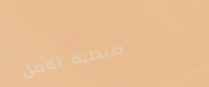
صيدلية الأمل